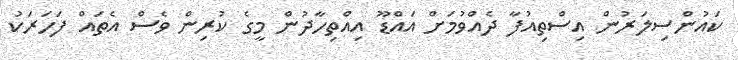
ކައުންސިލަރުން އިސްތިއުފާ ދެއްވުމަށް އައްޑޫ އިއްތިހާދުން މީގެ ކުރިން ވެސް އެތައް ފަހަރަކު